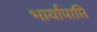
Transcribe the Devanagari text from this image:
भार्याप्राप्ति